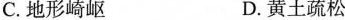
C.地形崎岖 D.黄土疏松